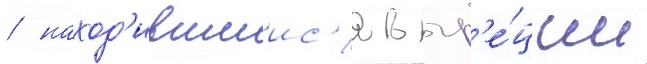
/ наход'ившиис'я в гр'е́ции